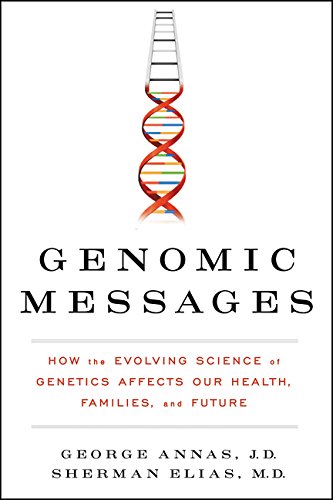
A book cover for Genomic Messages: How the Evolving Science of Genetics Affects Our Health, Families, and Future; George Annas; Medical Books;